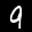
Label: 9